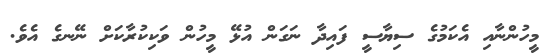
މީހުންނާއި އެކަމުގެ ސިޔާސީ ފައިދާ ނަގަން އުޅޭ މީހުން ވަކިކުރާކަށް ނޭނގެ އެވެ.